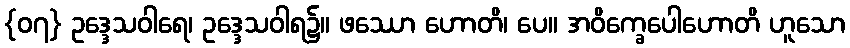
{၀၇} ဥဒ္ဒေသဝါရေ၊ ဥဒ္ဒေသဝါရ၌။ ဖဿော ဟောတိ၊ ပေ။ အဝိက္ခေပေါဟောတိ ဟူသော